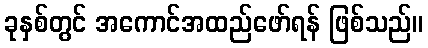
ခုနှစ်တွင် အကောင်အထည်ဖော်ရန် ဖြစ်သည်။